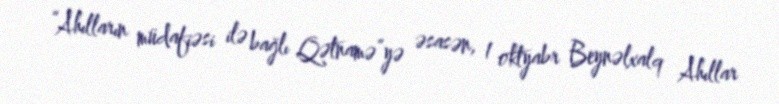
“Ahılların müdafiəsi ilə bağlı Qətnamə”yə əsasən, 1 oktyabr Beynəlxalq Ahıllar